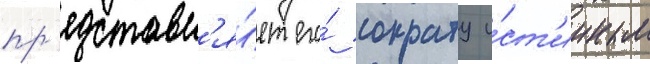
пр'едставл'я́ет его́ сократу и́ст'инным